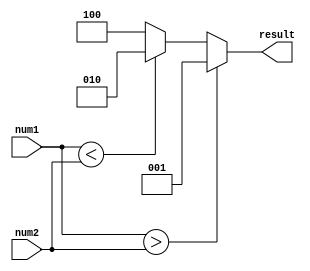
module inequality_comparator(
    input [7:0] num1,
    input [7:0] num2,
    output reg [2:0] result
);

always @(*) begin
    if(num1 > num2)
        result = 3'b001; // num1 is greater than num2
    else if(num1 < num2)
        result = 3'b010; // num1 is less than num2
    else
        result = 3'b100; // num1 is equal to num2
end

endmodule